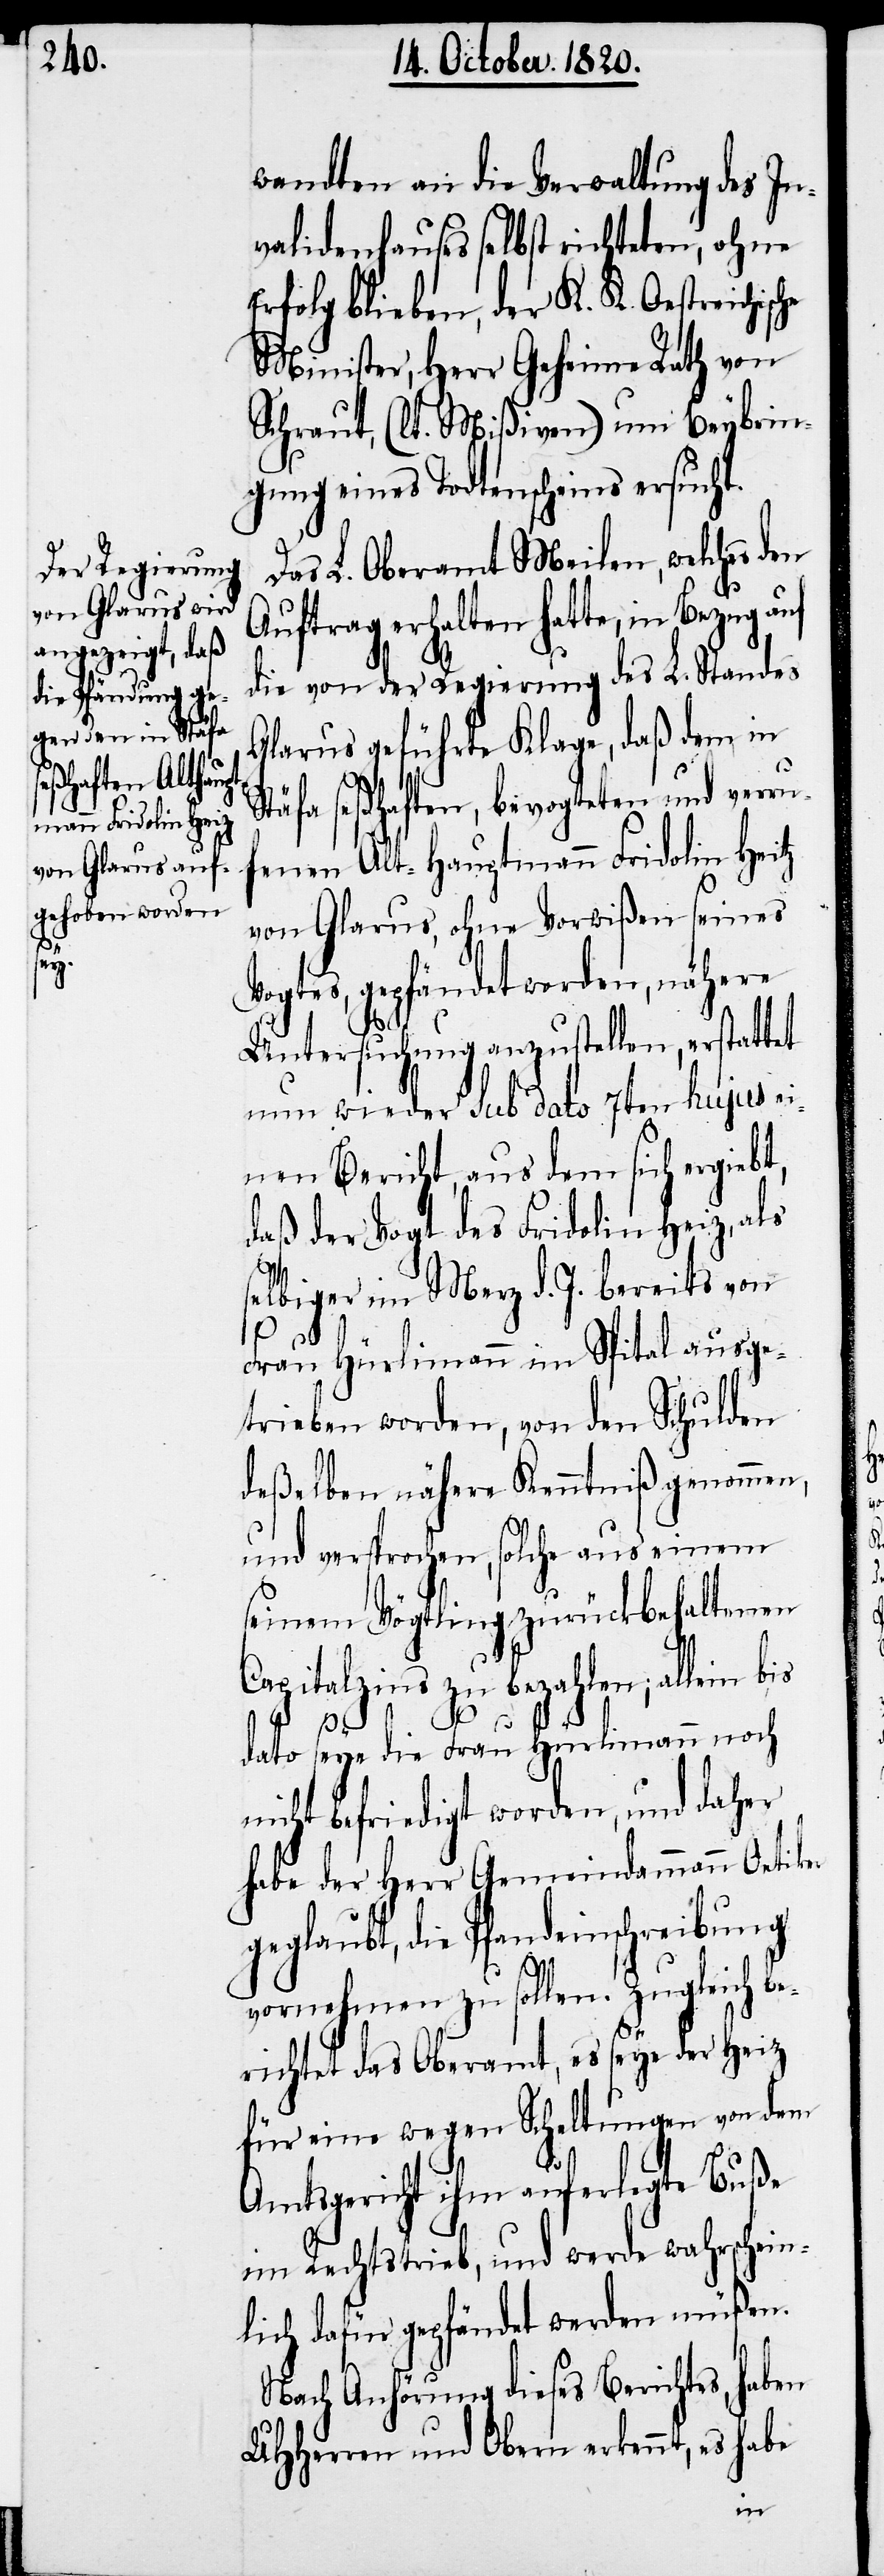
wandten an die Verwaltung des In¬
validenhauses selbst richteten, ohne
Erfolg blieben, der K. K. Oestreichisc¬
Minister, Herr Geheime Rath von
Schraut, (lt. Mißiven) um Beybrin¬
gung eines Todtenscheins ersucht.
Das L. Oberamt Meilen, welches den
Auftrag erhalten hatte, in Bezug
die von der Regierung des L. Standes
Glarus geführte Klage, daß dem in
täfa seßhaften, bevogteten und verr¬
enen Alt-Hauptmann Fridolin Heitz
von Glarus, ohne Vorwißen seines
Vogtes, gepfändet worden, nähere
Untersuchung anzustellen, erstattet
nun wieder sub dato 7ten hujus e¬
inen Bericht, aus dem sich ergiebt,
daß der Vogt des Fridolin Heiz, als
selbiger im Merz d. J. bereits von
uf¬
Frau Hürlimann im Spital ausge¬
trieben worden, von den Schulden
deßelben nähere Kenntniß genommen,
und versprochen, solche aus einem
seinem Vögtling zurückbehaltenen
apitalzins zu bezahlen; alle¬
bis
dato seye die Frau Hürlimann noch
nicht befriedigt worden, und daher
habe der Herrr Gemeindammann Oetiker
geglaubt, die Pfandeinschreibung
vornehmen zu sollen. Zugleich be¬
richtet das Oberamt, es seye der Heiz
für eine wegen Scheltungen von dem
Amtsgericht ihm auferlegte Buße
im Rechtstrieb, und werde wahrschein¬
lich dafür gepfändet werden müßen.
Nach Anhörung dieses Berichtes, haben
UHHerren und Obern erkennt, es habe
in